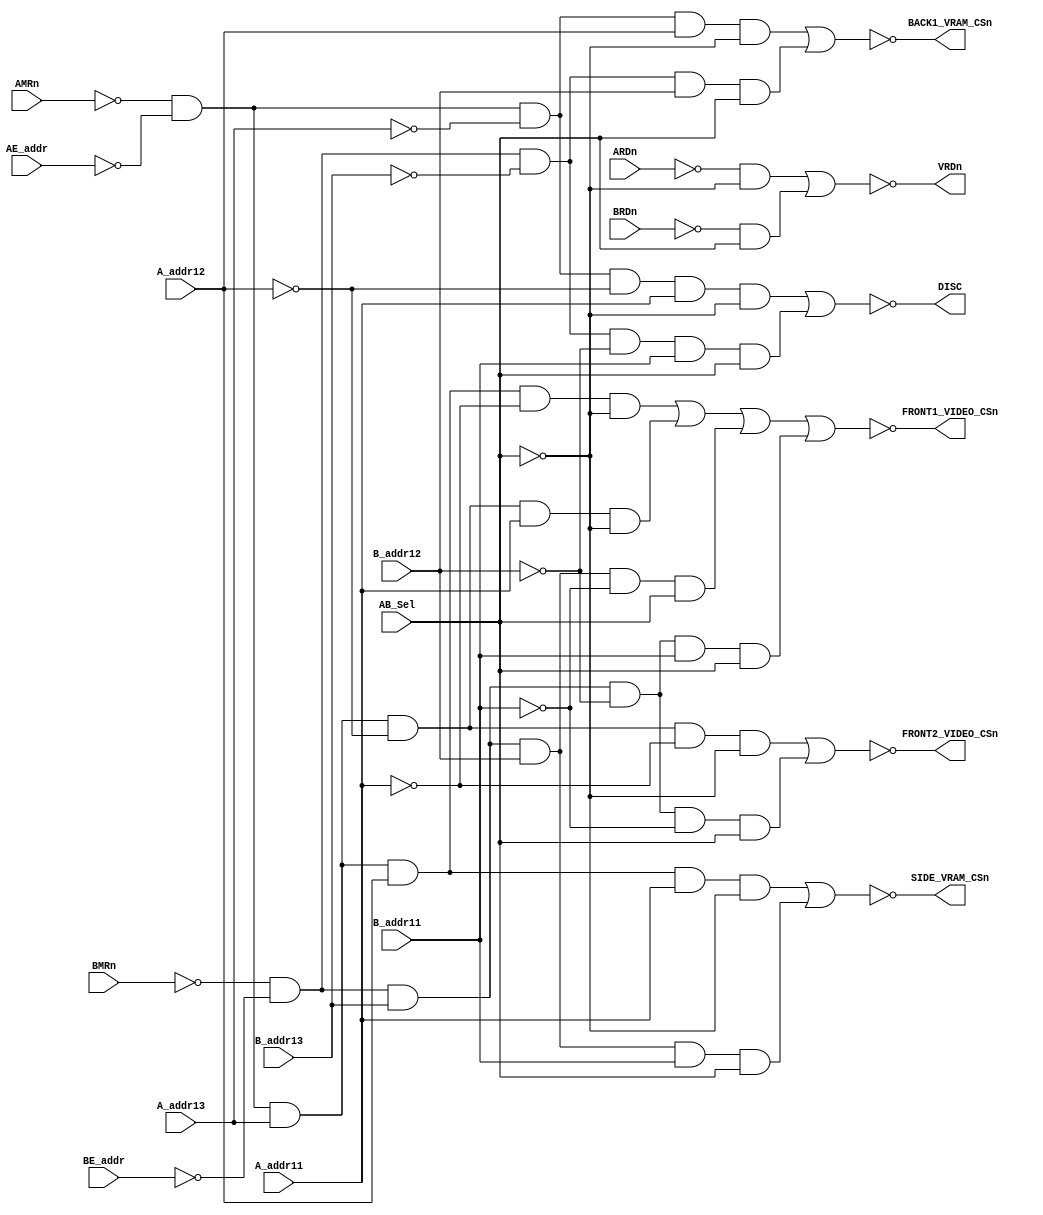
//Derived from IKARI A5004-2 PAL20L8A
`default_nettype none
`timescale 1ns/10ps

module A5004_2 (
    //inputs
    input  wire  AMRn, //1
    input  wire  AE_addr, //2 
    input  wire  A_addr13, //3
    input  wire  A_addr12,  //4
    input  wire  A_addr11, //5
    input  wire  BMRn,     //6
    input  wire  BE_addr, //7
    input  wire  B_addr13, //8
    input  wire  B_addr12, //9 
    input  wire  B_addr11, //10
    input  wire  ARDn, //11
    input  wire  BRDn, //13
    input  wire  AB_Sel, //23
    output wire  FRONT1_VIDEO_CSn, //21 F1C
    output wire  DISC, //20
    output wire  SIDE_VRAM_CSn, //19 SC
    output wire  VRDn, //18
    output wire  BACK1_VRAM_CSn, //17 B1C
    output wire  FRONT2_VIDEO_CSn //16 F2C
);  
    //                1 1 1 1  1 | 1     |
    //Address:        5 4 3 2  1 | 0 9 8 | 7 6 5 4  3 2 1 0
    //16'hE800-EFFF   1 1 1 0  1 | x x x | x x x x  x x x x cpuA SHARED FRONT1 VIDEO RAM 2Kbytes
    //16'hF000-F7FF   1 1 1 1  0 | x x x | x x x x  x x x x cpuA SHARED FRONT1 VIDEO RAM 2Kbytes
    //16'hE800-EFFF   1 1 1 0  1 | x x x | x x x x  x x x x cpuB SHARED FRONT1 VIDEO RAM 2Kbytes
    //16'hF000-F7FF   1 1 1 1  0 | x x x | x x x x  x x x x cpuB SHARED FRONT1 VIDEO RAM 2Kbytes
    assign  FRONT1_VIDEO_CSn = ~((~AMRn & ~AE_addr &  A_addr13 &  A_addr12 &  ~A_addr11 & ~AB_Sel ) |
                                 (~AMRn & ~AE_addr &  A_addr13 & ~A_addr12 &   A_addr11 & ~AB_Sel ) |
                                 (~BMRn & ~BE_addr &  B_addr13 &  B_addr12 &  ~B_addr11 &  AB_Sel ) |
                                 (~BMRn & ~BE_addr &  B_addr13 & ~B_addr12 &   B_addr11 &  AB_Sel ));

    assign  VRDn = ~((~ARDn & ~AB_Sel ) | (~BRDn &  AB_Sel ));

    //                1 1 1 1  1 | 1     |
    //Address:        5 4 3 2  1 | 0 9 8 | 7 6 5 4  3 2 1 0
    //16'hF800-CFFF   1 1 1 1  1 | x x x | x x x x  x x x x cpuA SHARED SIDE VIDEO RAM 2Kbytes
    //16'hF800-CFFF   1 1 1 1  1 | x x x | x x x x  x x x x cpuB SHARED SIDE VIDEO RAM 2Kbytes
    assign  SIDE_VRAM_CSn = ~((~AMRn & ~AE_addr & A_addr13 & A_addr12 & A_addr11 & ~AB_Sel ) |
                              (~BMRn & ~BE_addr & B_addr13 & B_addr12 & B_addr11 &  AB_Sel ));

    //                1 1 1 1  1 | 1     |
    //Address:        5 4 3 2  1 | 0 9 8 | 7 6 5 4  3 2 1 0
    //16'hC800-CFFF   1 1 0 0  1 | x x x | x x x x  x x x x cpuA VIDEO REGISTERS
    //16'hC800-CFFF   1 1 0 0  1 | x x x | x x x x  x x x x cpuB VIDEO REGISTERS   
    assign  DISC = ~((~AMRn & ~AE_addr & ~A_addr13 & ~A_addr12 &  A_addr11 & ~AB_Sel ) |
                     (~BMRn & ~BE_addr & ~B_addr13 & ~B_addr12 &  B_addr11 &  AB_Sel ));

    //                1 1 1 1  1 | 1     |
    //Address:        5 4 3 2  1 | 0 9 8 | 7 6 5 4  3 2 1 0
    //16'hD000-DFFF   1 1 0 1  x | x x x | x x x x  x x x x cpuA SHARED BACK1 VIDEO RAM 4Kbytes MIRROR D800-DFFF
    //16'hD000-DFFF   1 1 0 1  x | x x x | x x x x  x x x x cpuB SHARED BACK1 VIDEO RAM 4Kbytes MIRROR D800-DFFF
    assign  BACK1_VRAM_CSn = ~((~AMRn & ~AE_addr & ~A_addr13 &  A_addr12 & ~AB_Sel ) |
                               (~BMRn & ~BE_addr & ~B_addr13 &  B_addr12 &  AB_Sel ));

    //                1 1 1 1  1 | 1     |
    //Address:        5 4 3 2  1 | 0 9 8 | 7 6 5 4  3 2 1 0
    //16'hE000-E7FF   1 1 1 0  0 | x x x | x x x x  x x x x cpuA SHARED FRONT2 VIDEO RAM 2Kbytes
    //16'hE000-E7FF   1 1 1 0  0 | x x x | x x x x  x x x x cpuB SHARED FRONT2 VIDEO RAM 2Kbytes
    assign  FRONT2_VIDEO_CSn = ~((~AMRn & ~AE_addr &  A_addr13 & ~A_addr12 & ~A_addr11 & ~AB_Sel ) |
                                 (~BMRn & ~BE_addr &  B_addr13 & ~B_addr12 & ~B_addr11 &  AB_Sel ));
endmodule